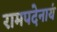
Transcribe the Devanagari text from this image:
रामपदेनायं